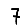
Digit: 7